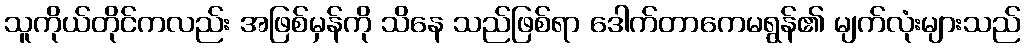
သူကိုယ်တိုင်ကလည်း အဖြစ်မှန်ကို သိနေ သည်ဖြစ်ရာ ဒေါက်တာကေမရွန်၏ မျက်လုံးများသည်